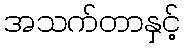
အသက်တာနှင့်